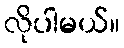
လိုပါမယ်။